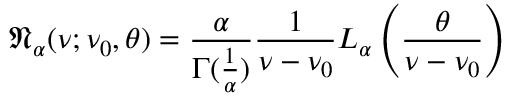
{ \mathfrak { N } } _ { \alpha } ( \nu ; \nu _ { 0 } , \theta ) = { \frac { \alpha } { \Gamma ( { \frac { 1 } { \alpha } } ) } } { \frac { 1 } { \nu - \nu _ { 0 } } } L _ { \alpha } \left( { \frac { \theta } { \nu - \nu _ { 0 } } } \right)